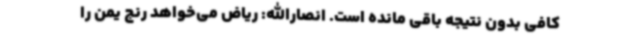
کافی بدون نتیجه باقی مانده است. انصارالله: ریاض می‌خواهد رنج یمن را